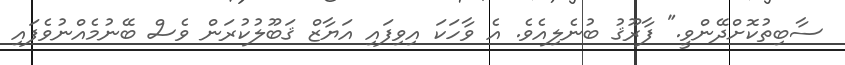
ސާބިތުކޮށްދޭންވީ." ފާރޫޤު ބުނެލިއެވެ. އެ ވާހަކަ އިވިފައި އަޔާޒް ޤަބޫލުކުރަން ވެސް ބޭނުމެއްނުވެފައި